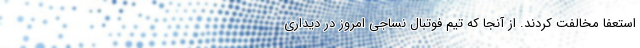
استعفا مخالفت کردند. از آنجا که تیم فوتبال نساجی امروز در دیداری